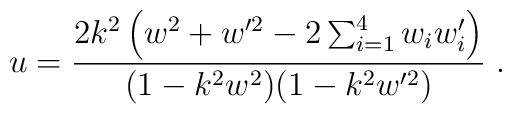
u=\frac{2k^2\left(w^2+w^{\prime2}-2\sum_{i=1}^{4}w_iw_i'\right)}{(1-k^2w^2)(1-k^2w^{\prime2})}\;.